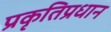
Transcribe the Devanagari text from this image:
प्रकृतिप्रधान